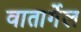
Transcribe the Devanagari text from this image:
वातार्गेल